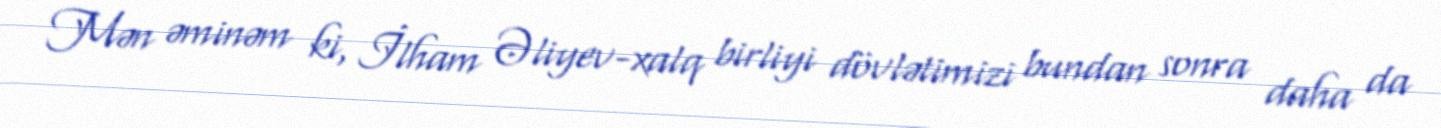
Mən əminəm ki, İlham Əliyev-xalq birliyi dövlətimizi bundan sonra daha da